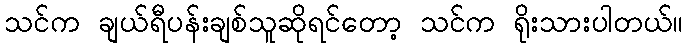
သင်က ချယ်ရီပန်းချစ်သူဆိုရင်တော့ သင်က ရိုးသားပါတယ်။